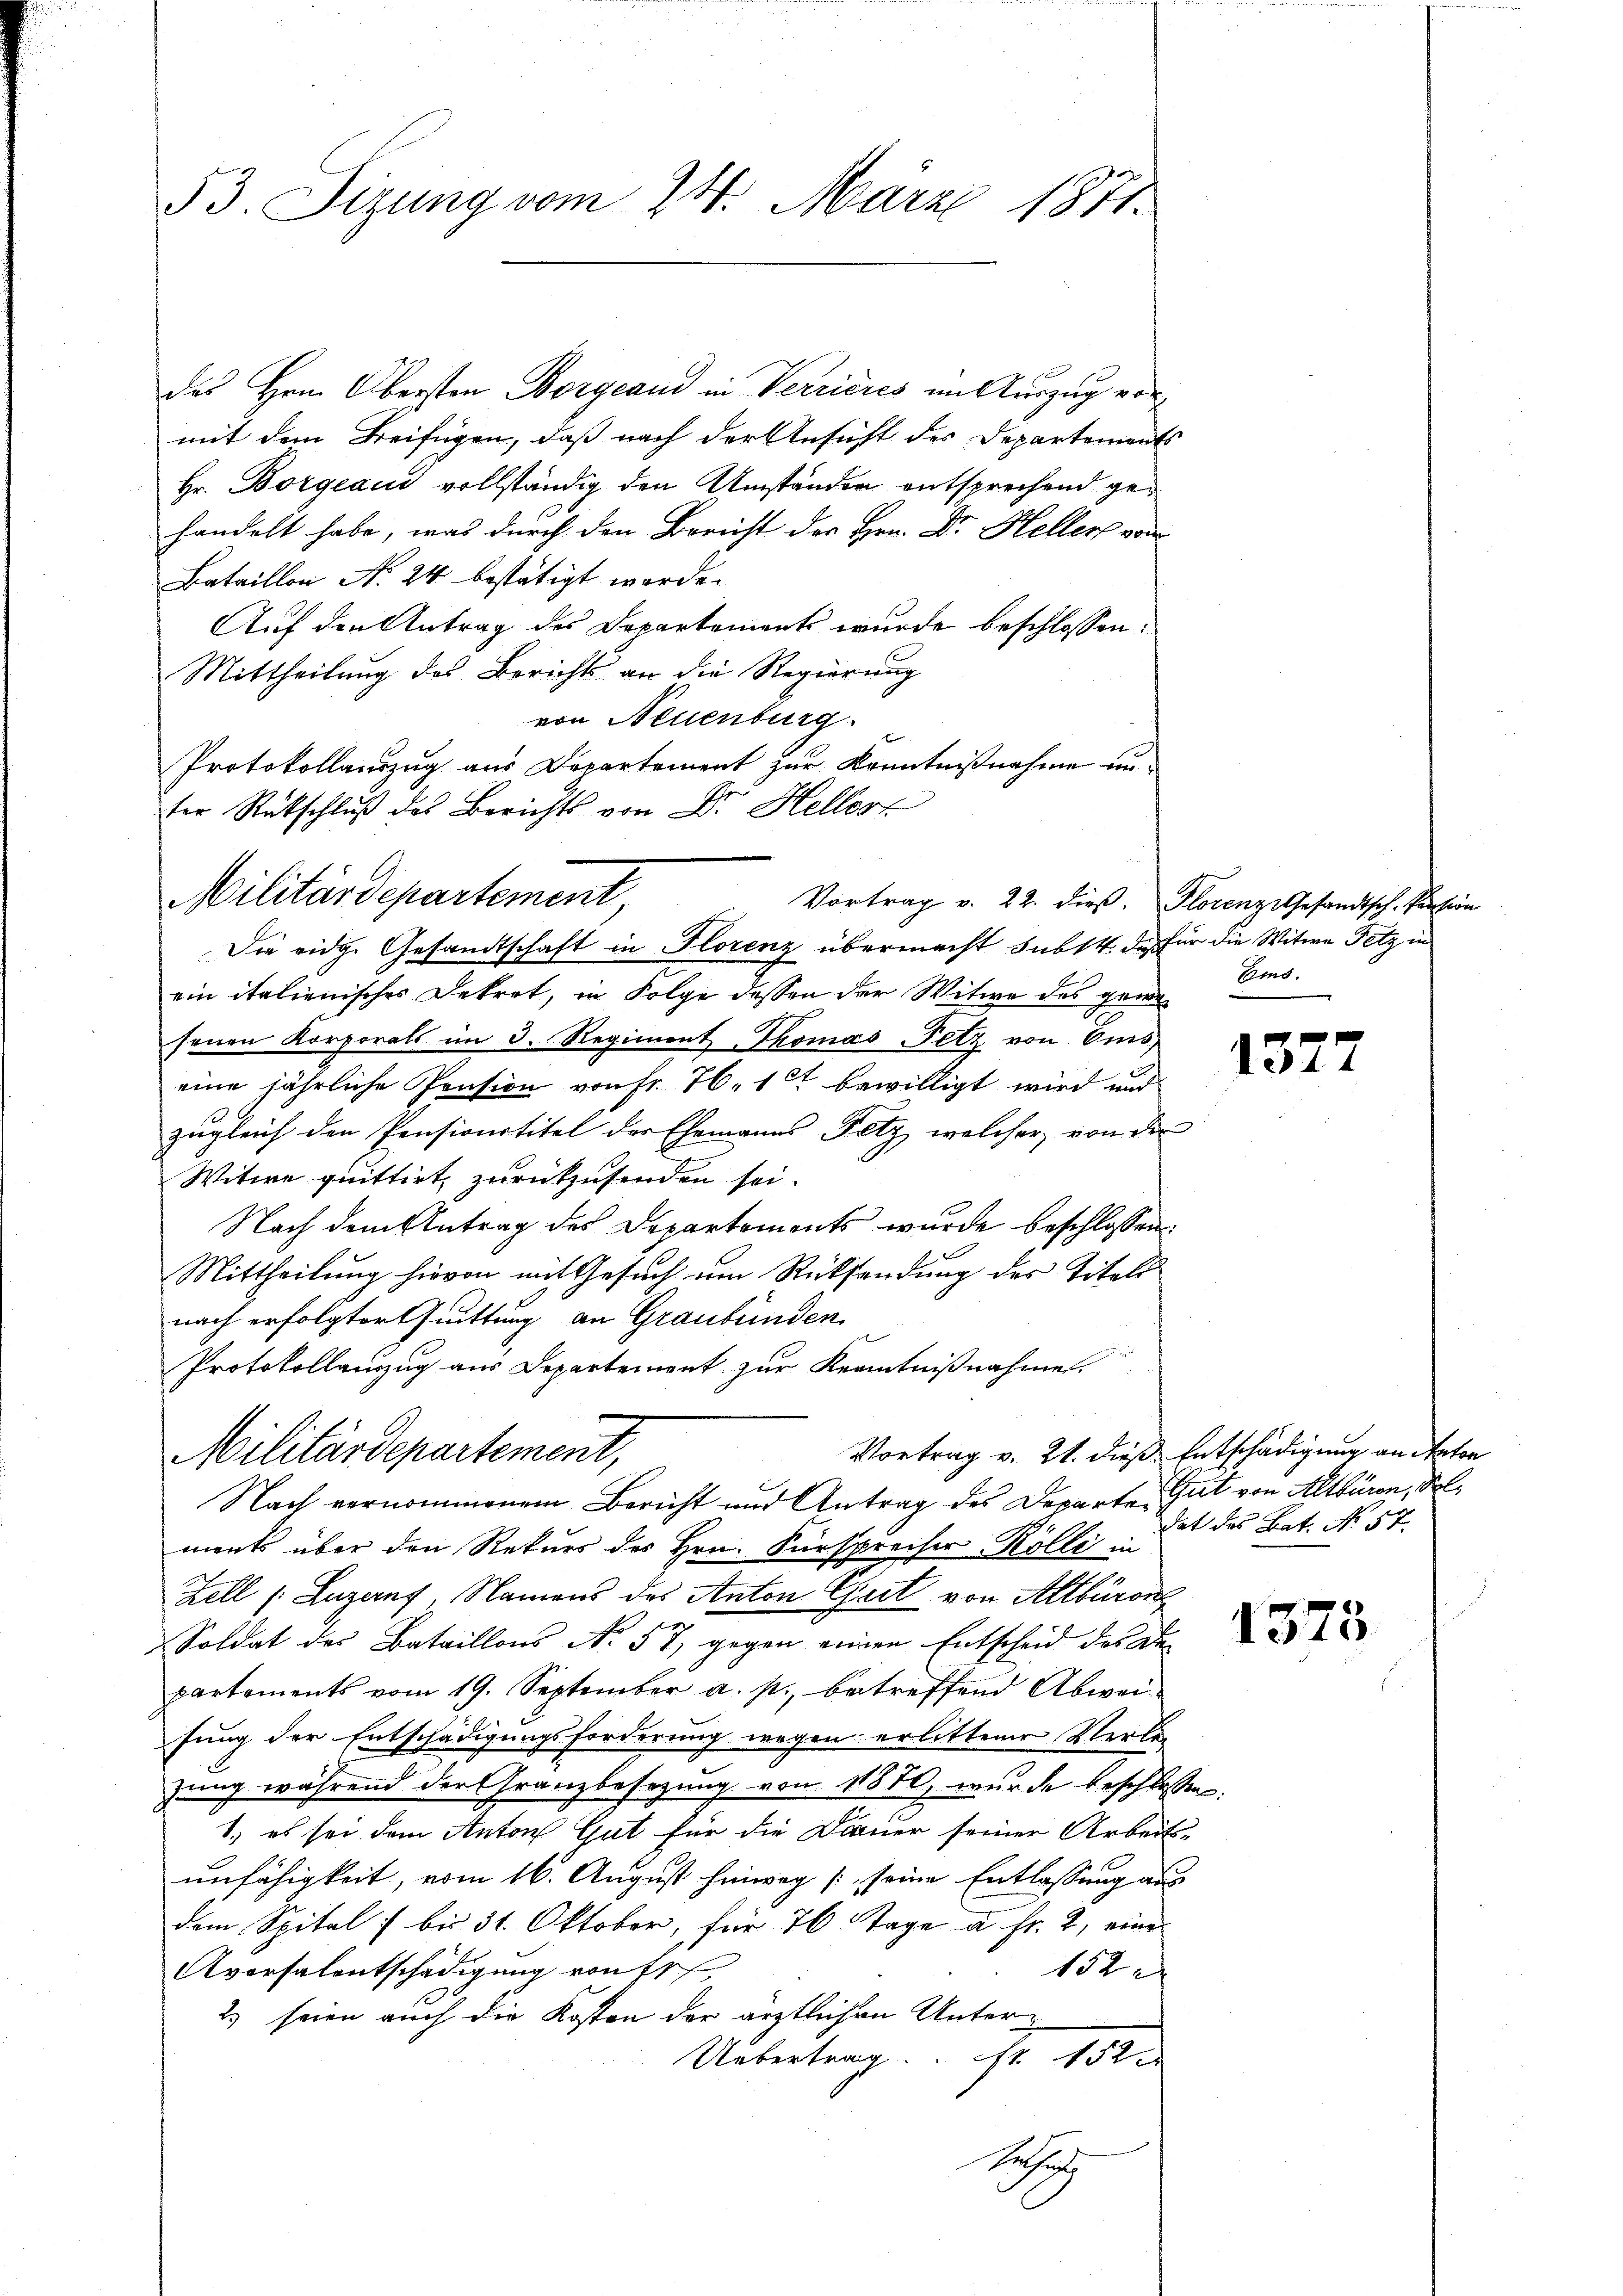
53. Sizung vom 24. März 1871.

mit dem Beifügen, daß nach der Ansicht des Departements
Hr. Borgeau vollständig den Umständen entsprechend gehandelt habe, was durch den Bericht des Hrn. Dr. Heller von
Bataillon N. 24 bestätigt werde.
Mittheilung des Berichts an die Regierung
von Neuenburg.
Protokollauszug aus Departement zur Kenntnißnahme unter Rückschluß des Berichts von Dr. Heller
Militärdepartement
Vortrag v. 22. dieß.

des Hrn. Obersten Borgeand in Verrieres im Auszug vor
Auf den Antrag des Departements wurde beschlossen:

Die eidge Gesandtschaft in Florenz übermacht subst de für die Witwe Petz in

ein italienisches Dekret, in Folge dessen der Witwe des gewesenen Korporats im 3. Regiment Thomas Fetz von Oms,
eine jährliche Pension von fr. 76. 10 bewilligt wird und
zugleich den Pensionstitel der Ehemanns Fetz, welcher von der
Witwe quittirt, zurückzusenden sei.
Nach dem Antrag des Departements wurde beschlossen
Mittheilung hievon mit Gesuch um Rücksendung des Titels
nach erfolgter rittung an Graubünden.
Protokollanzug aus Departement zur Kenntnißnahme

Militärdepartement,
Nach vernommenem Bericht und Antrag des Departe Gut von Altbüren, Sol¬

ments über den Rekurs des Hrn. Fürsprecher Kölli in
Zell (Luzern, Namens des Anton Chart von Altbüren
Soldat der Bataillons No. 57 gegen einen Entscheid des
partements vom 19. September a. p. betreffend Abweifung der Entschädigungsforderung wegen erlittener Verlezung während der Granzbesezung von 11880, wurde beschlossen,
1., es sei dem Anton Gut für die Dauer seiner Arbeits-
unfähigkeit, vom 16. August hinweg /: seine Entlassung aus
dem Spital 1 bis 31. Oktober, für 76 Tage u. fr. 2, eine
Aversalentschädigung von 4
152 x
2) seien auch die Kosten der ärztlichen Unter¬
Uebertrag. S. 152
Sachet

Florenz Gesandtsch, Pension
Ems.

1377

Vortrag v. 21. dieß. Entschädigung an Naton
dat das Bat. No 57.